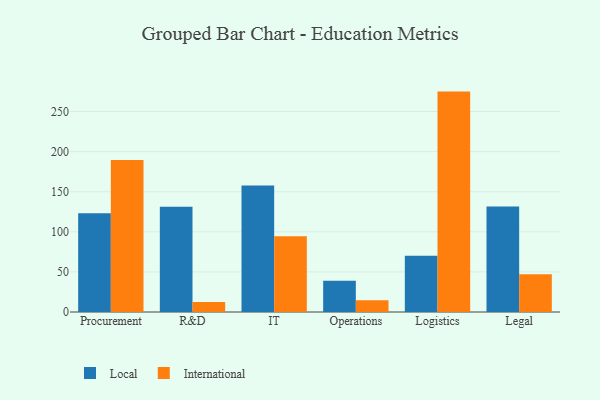
{"axis": {"x": "Department", "y": "Population (Million)"}, "legend": ["International", "Local"], "data": [{"x": "Procurement", "y": 123.1, "type": "Local"}, {"x": "Procurement", "y": 189.6, "type": "International"}, {"x": "R&D", "y": 131.4, "type": "Local"}, {"x": "R&D", "y": 12.4, "type": "International"}, {"x": "IT", "y": 157.8, "type": "Local"}, {"x": "IT", "y": 94.4, "type": "International"}, {"x": "Operations", "y": 39.0, "type": "Local"}, {"x": "Operations", "y": 14.6, "type": "International"}, {"x": "Logistics", "y": 70.2, "type": "Local"}, {"x": "Logistics", "y": 274.9, "type": "International"}, {"x": "Legal", "y": 131.6, "type": "Local"}, {"x": "Legal", "y": 47.2, "type": "International"}]}